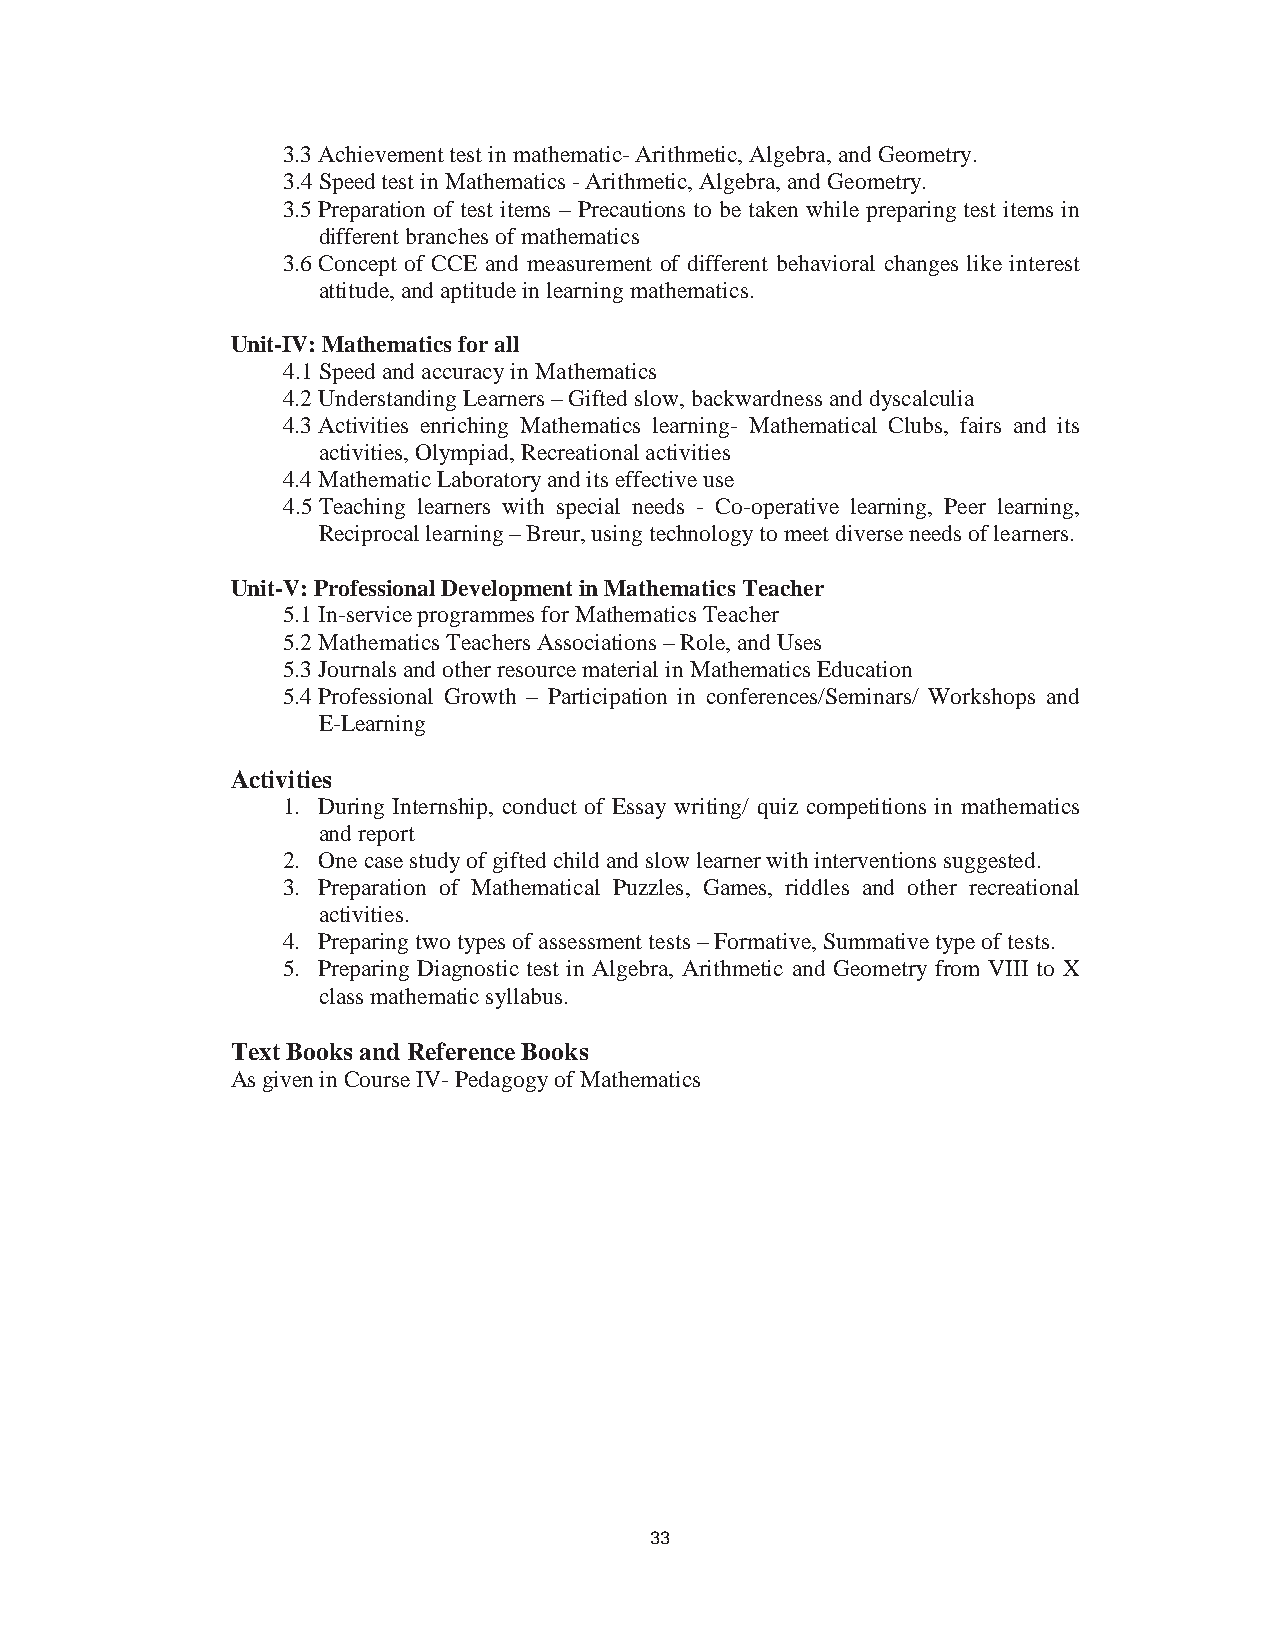
39
 3.3 Achievement test in mathematic- Arithmetic, Algebra, and Geometry.
 3.4 Speed test in Mathematics - Arithmetic, Algebra, and Geometry.
 3.5 Preparation of test items – Precautions to be taken while preparing test items in
 different branches of mathematics
 3.6 Concept of CCE and measurement of different behavioral changes like interest
 attitude, and aptitude in learning mathematics.
 Unit-IV: Mathematics for all
 4.1 Speed and accuracy in Mathematics
 4.2 Understanding Learners – Gifted slow, backwardness and dyscalculia
 4.3 Activities enriching Mathematics learning- Mathematical Clubs, fairs and its
 activities, Olympiad, Recreational activities
 4.4 Mathematic Laboratory and its effective use
 4.5 Teaching learners with special needs - Co-operative learning, Peer learning,
 Reciprocal learning – Breur, using technology to meet diverse needs of learners.
 Unit-V: Professional Development in Mathematics Teacher
 5.1 In-service programmes for Mathematics Teacher
 5.2 Mathematics Teachers Associations – Role, and Uses
 5.3 Journals and other resource material in Mathematics Education
 5.4 Professional Growth – Participation in conferences/Seminars/ Workshops and
 E-Learning
 Activities
 1. During Internship, conduct of Essay writing/ quiz competitions in mathematics
 and report
 2. One case study of gifted child and slow learner with interventions suggested.
 3. Preparation of Mathematical Puzzles, Games, riddles and other recreational
 activities.
 4. Preparing two types of assessment tests – Formative, Summative type of tests.
 5. Preparing Diagnostic test in Algebra, Arithmetic and Geometry from VIII to X
 class mathematic syllabus.
 Text Books and Reference Books
 As given in Course IV- Pedagogy of Mathematics
 33